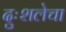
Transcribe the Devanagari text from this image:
दुःशलेचा